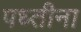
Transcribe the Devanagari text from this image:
पध्तीना